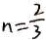
n = \frac { 2 } { 3 }